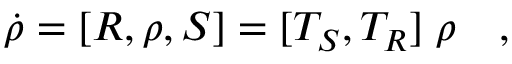
\dot { \rho } = [ R , \rho , S ] = [ T _ { S } , T _ { R } ] \; \rho ~ ~ ~ ,